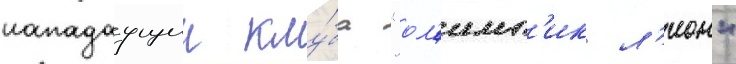
нападаущии клу́ба "ол'имп'ик л'ион"